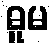
ဓူမ